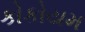
કોકોયમ